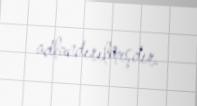
adlandırılmışdır.